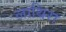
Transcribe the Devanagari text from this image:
लाथिरा